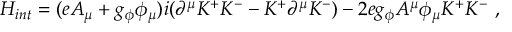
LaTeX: H _ { i n t } = ( e A _ { \mu } + g _ { \phi } \phi _ { \mu } ) i ( \partial ^ { \mu } K ^ { + } K ^ { - } - K ^ { + } \partial ^ { \mu } K ^ { - } ) - 2 e g _ { \phi } A ^ { \mu } \phi _ { \mu } K ^ { + } K ^ { - } \ ,